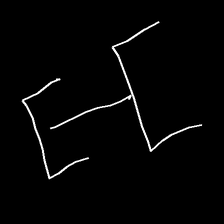
Glyph: entwine